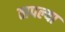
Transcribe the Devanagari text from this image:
तापल्या